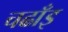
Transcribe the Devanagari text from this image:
चढाँइ